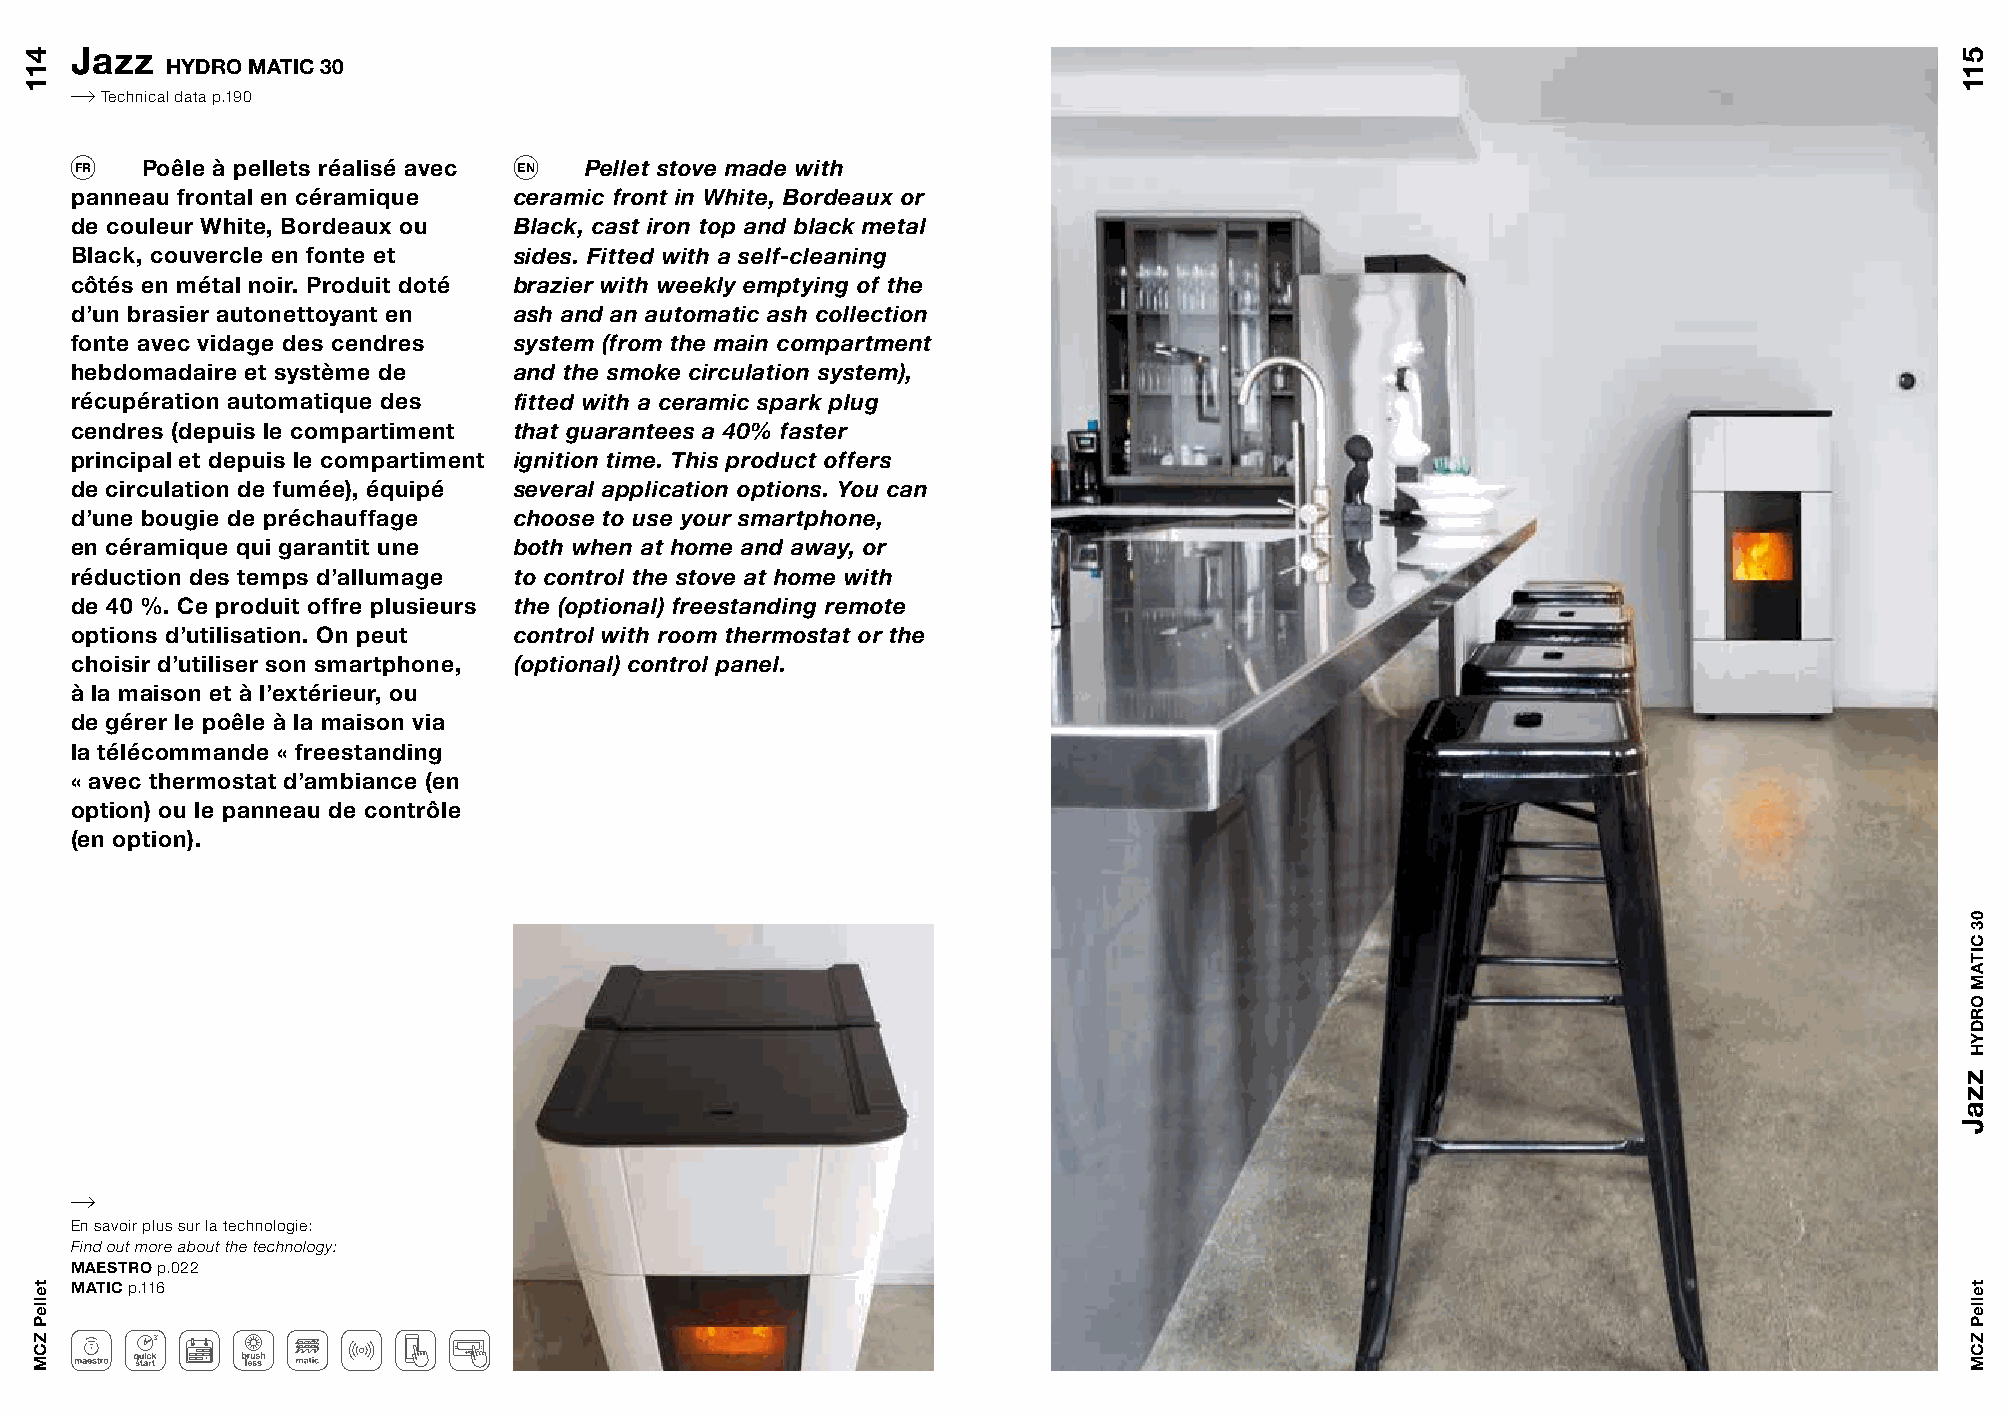
Jazz
 HYDRO MATIC 30
 Technical data p.190
 FR  Poêle à pellets réalisé avec EN Pellet stove made with
 panneau frontal en céramique ceramic front in White, Bordeaux or
 de couleur White, Bordeaux ou Black, cast iron top and black metal
 Black, couvercle en fonte et sides. Fitted with a self-cleaning
 côtés en métal noir. Produit doté brazier with weekly emptying of the
 d’un brasier autonettoyant en ash and an automatic ash collection
 fonte avec vidage des cendres system (from the main compartment
 hebdomadaire et système de   and the smoke circulation system),
 récupération automatique des fitted with a ceramic spark plug
 cendres (depuis le compartiment that guarantees a 40% faster
 principal et depuis le compartiment ignition time. This product offers
 de circulation de fumée), équipé several application options. You can
 d’une bougie de préchauffage choose to use your smartphone,
 en céramique qui garantit une both when at home and away, or
 réduction des temps d’allumage to control the stove at home with
 de 40 %. Ce produit offre plusieurs the (optional) freestanding remote
 options d’utilisation. On peut control with room thermostat or the
 choisir d’utiliser son smartphone, (optional) control panel.
 à la maison et à l’extérieur, ou
 de gérer le poêle à la maison via
 la télécommande « freestanding
 « avec thermostat d’ambiance (en
 option) ou le panneau de contrôle
 (en option).
 En savoir plus sur la technologie:
 Find out more about the technology:
 MAESTRO p.022
 MATIC p.116
 411
 telleP
 ZCM
 511
 zzaJ
 03
 CITAM
 ORDYH
 telleP
 ZCM